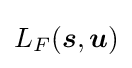
L_{F}({\boldsymbol {s}},{\boldsymbol {u}})